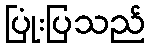
ပြုံးပြသည်